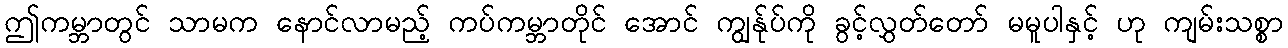
ဤကမ္ဘာတွင် သာမက နောင်လာမည့် ကပ်ကမ္ဘာတိုင် အောင် ကျွန်ုပ်ကို ခွင့်လွှတ်တော် မမူပါနှင့် ဟု ကျမ်းသစ္စာ